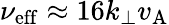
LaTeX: \nu_{\mathrm{eff}}\approx 16k_{\perp}v_{\mathrm{A}}